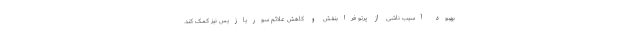
بهبود آسیب ناشی از پرتو فرابنفش و کاهش علائم سوریازیس نیز کمک کند.